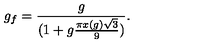
g _ { f } = { \frac { g } { ( 1 + g { \frac { \pi x ( g ) \sqrt { 3 } } { 9 } } ) } } .